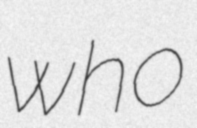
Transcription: who